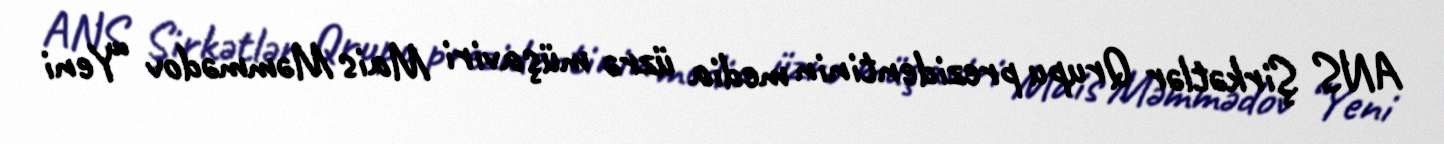
ANS Şirkətlər Qrupu prezidentinin media üzrə müşaviri Mais Məmmədov “Yeni